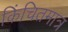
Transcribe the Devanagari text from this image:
किंचितमात्र